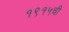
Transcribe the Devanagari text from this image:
१९१५ची